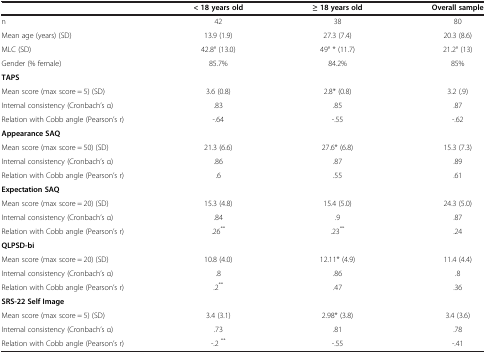
|  | < 18 years old | ≥ 18 years old | Overall sample |
 | --- | --- | --- | --- |
 | n | 42 | 38 | 80 |
 | Mean age (years) (SD) | 13.9 (1.9) | 27.3 (7.4) | 20.3 (8.6) |
 | MLC (SD) | 42.8° (13.0) | 49° * (11.7) | 21.2° (13) |
 | Gender (% female) | 85.7% | 84.2% | 85% |
 | <COLSPAN=4> TAPS |
 | Mean score (max score = 5) (SD) | 3.6 (0.8) | 2.8* (0.8) | 3.2 (.9) |
 | Internal consistency (Cronbach’s α) | .83 | .85 | .87 |
 | Relation with Cobb angle (Pearson’s r) | -.64 | -.55 | -.62 |
 | <COLSPAN=4> Appearance SAQ |
 | Mean score (max score = 50) (SD) | 21.3 (6.6) | 27.6* (6.8) | 15.3 (7.3) |
 | Internal consistency (Cronbach’s α) | .86 | .87 | .89 |
 | Relation with Cobb angle (Pearson’s r) | .6 | .55 | .61 |
 | <COLSPAN=4> Expectation SAQ |
 | Mean score (max score = 20) (SD) | 15.3 (4.8) | 15.4 (5.0) | 24.3 (5.0) |
 | Internal consistency (Cronbach’s α) | .84 | .9 | .87 |
 | Relation with Cobb angle (Pearson’s r) | .26** | .23** | .24 |
 | <COLSPAN=4> QLPSD-bi |
 | Mean score (max score = 20) (SD) | 10.8 (4.0) | 12.11* (4.9) | 11.4 (4.4) |
 | Internal consistency (Cronbach’s α) | .8 | .86 | .8 |
 | Relation with Cobb angle (Pearson’s r) | .2** | .47 | .36 |
 | <COLSPAN=4> SRS-22 Self Image |
 | Mean score (max score = 5) (SD) | 3.4 (3.1) | 2.98* (3.8) | 3.4 (3.6) |
 | Internal consistency (Cronbach’s α) | .73 | .81 | .78 |
 | Relation with Cobb angle (Pearson’s r) | -.2 ** | -.55 | -.41 |